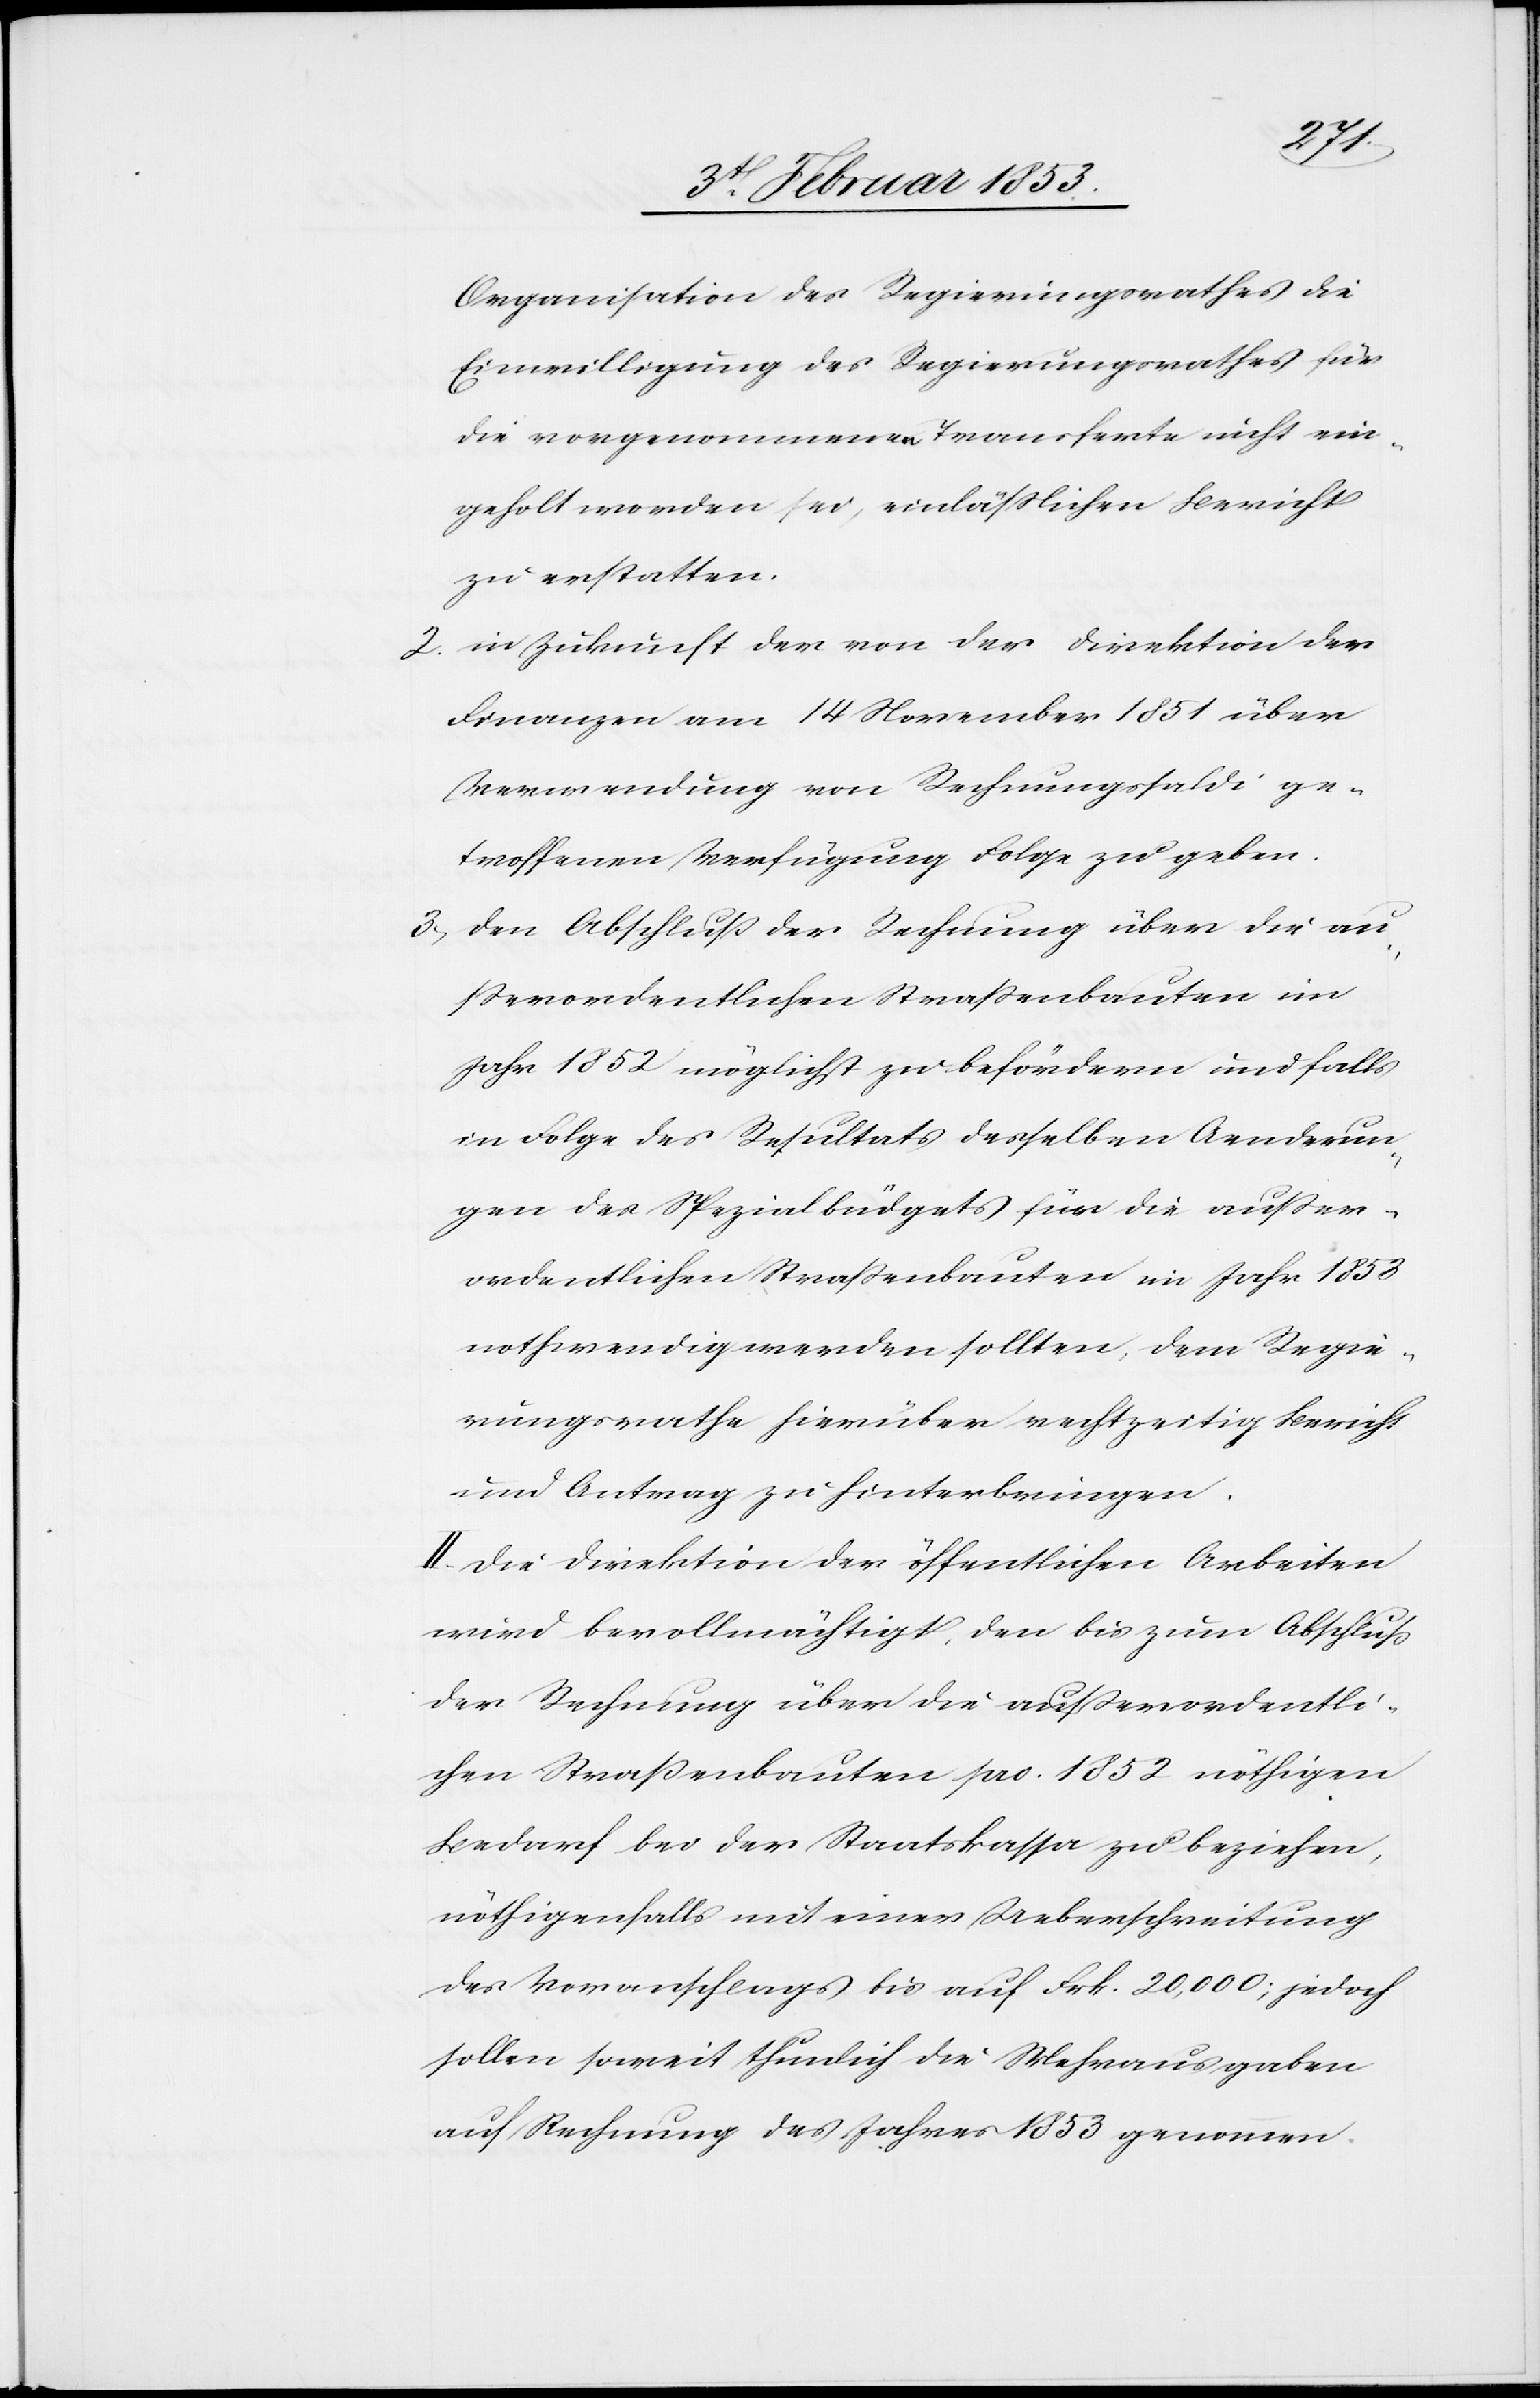
Organisation des Regierungsrathes die
Einwilligung des Regierungsrathes für
die vorgenommene Transferte nicht ein¬
geholt worden sei, einläßlichen Bericht
zu erstatten.
2) in Zukunft der von der Direktion der
Finanzen am 14 November 1851 über
Verwendung von Rechnungssaldi ge¬
troffenen Verfügung Folge zu geben.
3) den Abschluß der Rechnung über die au¬
ßerordentlichen Straßenbauten im
Jahr 1852 möglichst zu befördern und falls
in Folge des Resultats desselben Aenderun¬
gen der Spezialbüdgets für die außer¬
ordentlichen Straßenbauten im Jahr 1853
nothwendig werden sollten, dem Regie¬
rungsrathe hierüber rechtzeitig Bericht
und Antrag zu hinterbringen.
II. Die Direktion der öffentlichen Arbeiten
wird bevollmächtigt, den bis zum Abschluß
der Rechnung über die außerordentli¬
chen Straßenbauten pro 1852 nöthigen
Bedarf bei der Staatskassa zu beziehen,
nöthigenfalls mit einer Ueberschreitung
des Voranschlages bis auf Frk. 20,000; jedoch
sollen soweit thunlich die Mehrausgaben
auf Rechnung des Jahres 1853 genommen